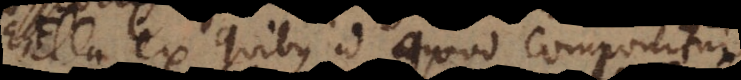
F, ex quibus id quod componitur